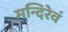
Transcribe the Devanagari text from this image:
मन्दिरेवं